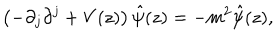
\left( - \partial _ { j } \partial ^ { j } + V ( z ) \right) \hat { \psi } ( z ) = - m ^ { 2 } \hat { \psi } ( z ) ,